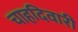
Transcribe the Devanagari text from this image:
चाहदिवारी